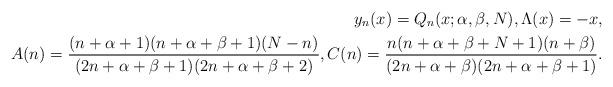
LaTeX: \begin{align*} y_n(x) = Q_n(x;\alpha,\beta,N),\Lambda(x) = -x, \\ A(n) = \frac{(n+\alpha+1)(n+\alpha+\beta+1)(N-n)}{(2n+\alpha+\beta+1)(2n+\alpha+\beta+2)},C(n) = \frac{n(n+\alpha+\beta+N+1)(n+\beta)}{(2n+\alpha+\beta)(2n+\alpha+\beta+1)}.\end{align*}